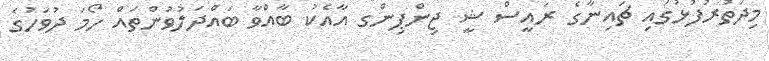
މިދަތުރުފުޅުގައި ޗައިނާގެ ރައީސް ޝީ ޖިންޕިންގ އާއެކު ބާއްވާ ބައްދަލުވުންތައް ހޯމަ ދުވަހުގެ